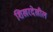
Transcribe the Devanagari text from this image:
शिखरदेखील